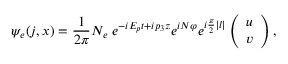
\psi _ { e } ( j , x ) = { \frac { 1 } { 2 \pi } } N _ { e } \; e ^ { - i E _ { p } t + i p _ { 3 } z } e ^ { i N \varphi } e ^ { i { \frac { \pi } { 2 } } | l | } \left( \begin{array} { l } { { u } } \\ { { v } } \end{array} \right) ,